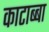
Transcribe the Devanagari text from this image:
काटाब्बा